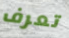
تعرف